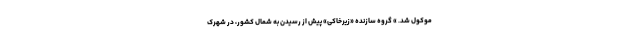
موکول شد. » گروه سازنده «زیرخاکی» پیش از رسیدن به شمال کشور، در شهرک